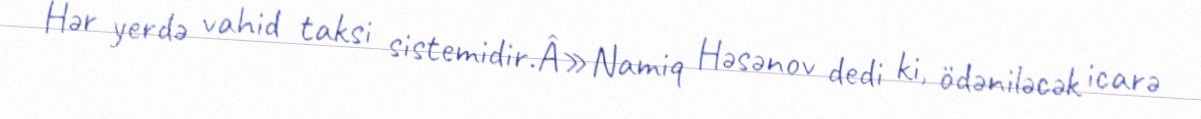
Hər yerdə vahid taksi sistemidir.Â»Namiq Həsənov dedi ki, ödəniləcək icarə